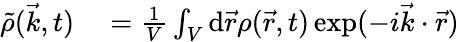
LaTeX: \begin{array}{rl}{\tilde{\rho}(\vec{k},t)}&{{}=\frac{1}{V}\int_{V}\mathrm{d}\vec{r}\rho(\vec{r},t)\exp(-i\vec{k}\cdot\vec{r})}\end{array}